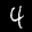
Label: 4